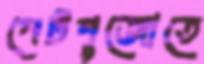
পেটপুজোতে